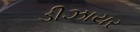
ડીઝાયર